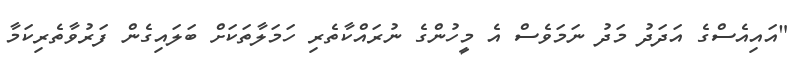
"އައިއެސްގެ އަދަދު މަދު ނަމަވެސް އެ މީހުންގެ ނުރައްކާތެރި ހަމަލާތަކަށް ބަލައިގެން ފަރުވާތެރިކަމާ